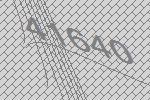
41640